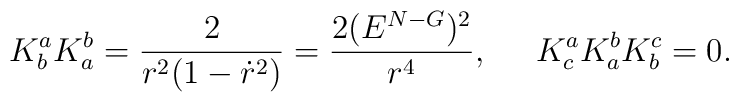
K^{a}_{b} K^{b}_{a} = \frac{2}{r^2(1-\dot{r}^2)}= \frac{2(E^{N-G})^2}{r^4},  \;\;\;\;\;   K^{a}_{c} K^{b}_{a}  K^{c}_{b}  = 0.